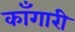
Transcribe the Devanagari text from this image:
काँगारी